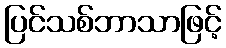
ပြင်သစ်ဘာသာဖြင့်